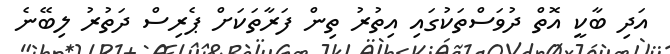
އަދި ބާކީ އޮތް ދުވަސްތަކުގައި އިތުރު ތިން ފަރާތަކަށް ޕެރިސް ދަތުރު ލިބޭނެ